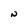
Character: N